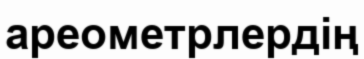
ареометрлердің